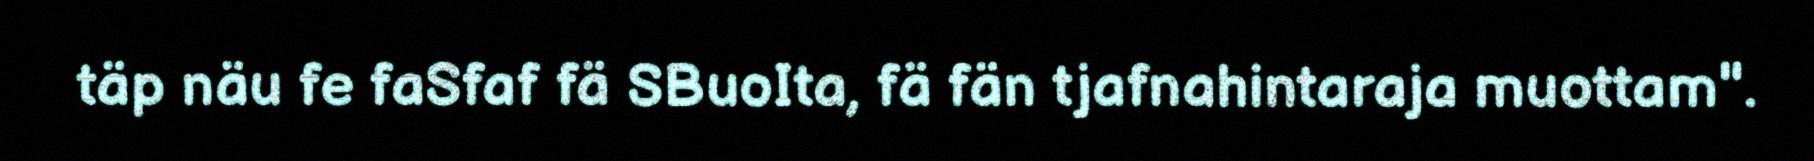
täp näu fe faSfaf fä SBuoIta, fä fän tjafnahintaraja muottam".